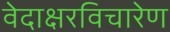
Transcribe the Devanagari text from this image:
वेदाक्षरविचारेण